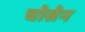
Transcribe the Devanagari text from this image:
चोसेन